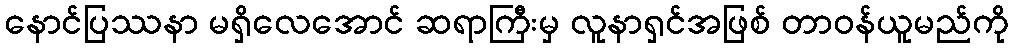
နောင်ပြဿနာ မရှိလေအောင် ဆရာကြီးမှ လူနာရှင်အဖြစ် တာဝန်ယူမည်ကို